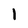
Character: 1